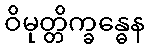
ဝိမုတ္တိက္ခန္ဓေန